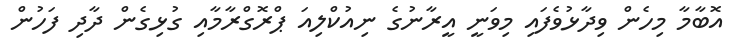
އޮބާމާ މިހެން ވިދާޅުވެފައި މިވަނީ އީރާނުގެ ނިއުކްލިއަ ޕްރޮގްރާމާއި ގުޅިގެން ދާދި ފަހުން